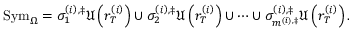
\mathrm { S y m } _ { \Omega } = \sigma _ { 1 } ^ { \left( i \right) , \ddag } \mathfrak { U } \left( r _ { T } ^ { \left( i \right) } \right) \cup \sigma _ { 2 } ^ { \left( i \right) , \ddag } \mathfrak { U } \left( r _ { T } ^ { \left( i \right) } \right) \cup \cdots \cup \sigma _ { m ^ { \left( i \right) , \ddag } } ^ { \left( i \right) , \ddag } \mathfrak { U } \left( r _ { T } ^ { \left( i \right) } \right) .